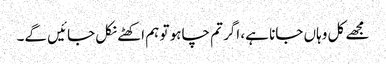
مجھے کل وہاں جانا ہے، اگر تم چاہو تو ہم اکھٹے نکل جائیں گے۔